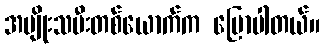
အမျိုးသမီးတစ်ယောက်က ပြောပါတယ်။